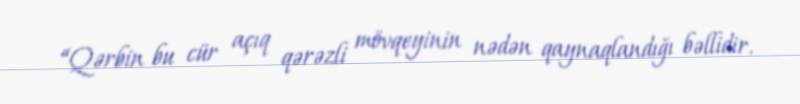
“Qərbin bu cür açıq qərəzli mövqeyinin nədən qaynaqlandığı bəllidir.